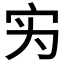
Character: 𰌷